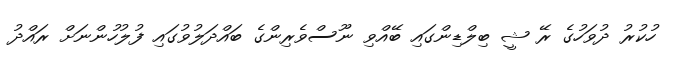
ހުކުރު ދުވަހުގެ ރޭ ޝީ ބިލްޑިންގައި ބޭއްވި ނޫސްވެރިންގެ ބައްދަލުވުގައި ފުލުހުންނަށް ރައްދު